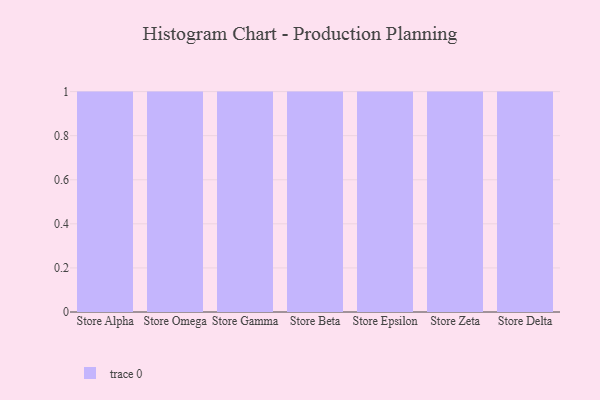
{"axis": {"x": "Store", "y": "Satisfaction Score"}, "legend": [""], "data": [{"x": "Store Alpha", "y": 46, "type": ""}, {"x": "Store Omega", "y": 10, "type": ""}, {"x": "Store Gamma", "y": 25, "type": ""}, {"x": "Store Beta", "y": 23, "type": ""}, {"x": "Store Epsilon", "y": 1, "type": ""}, {"x": "Store Zeta", "y": 53, "type": ""}, {"x": "Store Delta", "y": 45, "type": ""}]}